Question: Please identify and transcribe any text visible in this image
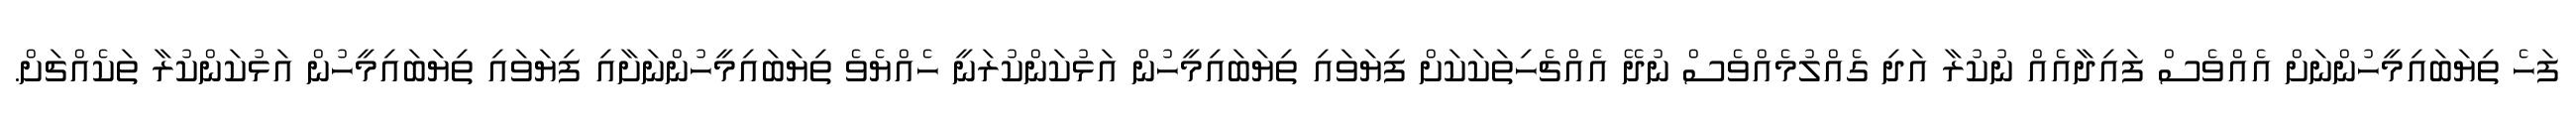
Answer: ފަހެ ތިޔަބައިމީހުންނަށް އެއްވެސް ފައިދާއެއް ނުކުރާ އަދި ގެއްލުމެއްވެސް ނުދޭ އެއްޗެހިތަކަކަށް ފިޔަވައި ތިޔަބައިމީހުން އަޅުކަންކުރަނީ ހެއްޔެވެ ތިޔަބައިމީހުންނަށާއި ފިޔަވައި ތިޔަބައިމީހުން އަޅުކަންކުރާ ތަކެއްޗަށް.